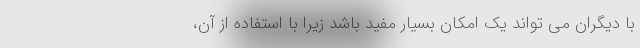
با دیگران می تواند یک امکان بسیار مفید باشد زیرا با استفاده از آن،